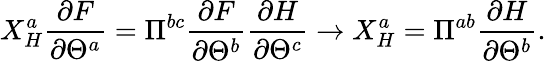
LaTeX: X_{H}^{a}\frac{\partial F}{\partial\Theta^{a}}=\Pi^{bc}\frac{\partial F}{\partial\Theta^{b}}\frac{\partial H}{\partial\Theta^{c}}\rightarrow X_{H}^{a}=\Pi^{ab}\frac{\partial H}{\partial\Theta^{b}}.